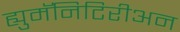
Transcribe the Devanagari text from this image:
ह्युमॅनिटिरीअन